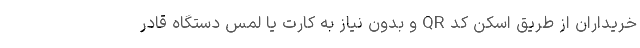
خریداران از طریق اسکن کد QR و بدون نیاز به کارت یا لمس دستگاه قادر